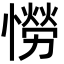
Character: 憦